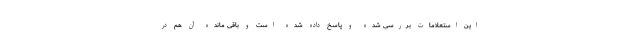
این استعلامات بررسی شده و پاسخ داده شده است و باقی مانده آن هم در